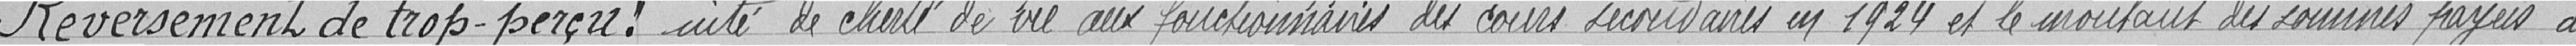
Reversement de trop perçu : nité de cherté de vie aux fonctionnaires des cours secondaires en 1924 et le montant des sommes payées à